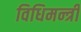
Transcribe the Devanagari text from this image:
विधिमन्त्री